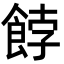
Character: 餑